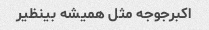
اکبرجوجه مثل همیشه بینظیر